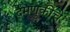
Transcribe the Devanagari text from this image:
दमणुकीचे